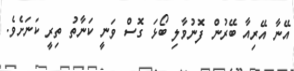
އޭނާ އޭރިއާ ބޭރުން ފޮނުވާލި ބޯޅަ ގޮސް ވަނީ ކަނާތު ތިރީ ކަނަށެވެ.